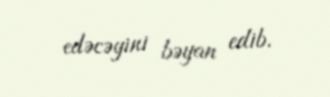
edəcəyini bəyan edib.